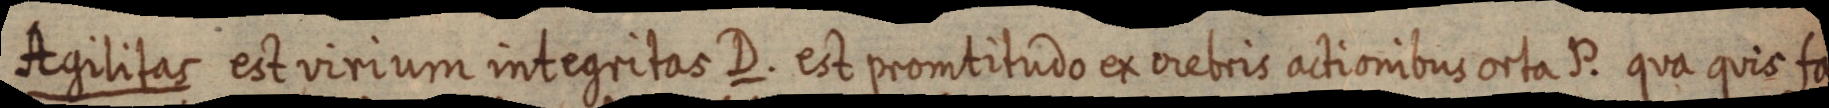
Agilitas est virium integritas D. est promtitudo ex crebris actionibus orta P. qua quis fa